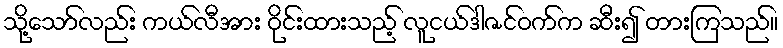
သို့သော်လည်း ကယ်လီအား ဝိုင်းထားသည့် လူငယ်ဒါဇင်ဝက်က ဆီး၍ တားကြသည်။